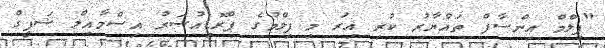
"ފިލްމް އިންސާފް ތައްޔާރު ކުރި އިރު މި ފިލްމުގެ ޕްރޮޑިއުސަރު އިސްމާއިލް ޝަފީގް